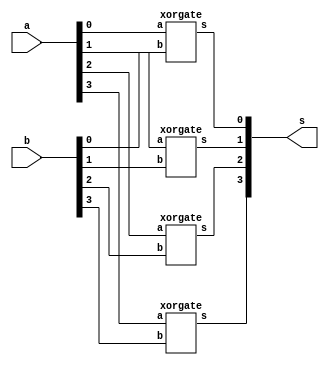
// -------------------------
// Exemplo0024  FULL SUBTRACT
// Nome: Andr Henriques Fernandes
// ------------------------- 
 
// ------------------------- 
//  full adder 
// ------------------------- 

module compDiferenca (output [3:0] s,
                               input [3:0] a,
                               input [3:0] b);

   xorgate XOR1(s[0],a[0],b[0]);
   xorgate XOR2(s[1],a[1],b[1]);
   xorgate XOR3(s[2],a[2],b[2]);
   xorgate XOR4(s[3],a[3],b[3]);

endmodule

module xnorgate (output s,
                               input a,  
                               input b);
  assign s = ~(a ^ b);
endmodule

module andgate (output s,
                               input a,  
                               input b);
  assign s = a & b;
endmodule

module notgate (output s,
                               input a);
  assign s = ~a;
endmodule

module xorgate (output s,
                               input a,  
                               input b);
  assign s = a ^ b;
endmodule
module orgate (output s,
                               input a,  
                               input b);
  assign s = a | b;
endmodule

module test_dif;
// ------------------------- definir dados 
      reg [3:0] x; 
      reg [3:0] y;
      wire [3:0] eq;

      compDiferenca COMP1(eq,x,y);

 
// ------------------------- parte principal 
 initial begin 
      $display("Exemplo0024 - Andr Henriques Fernandes - 427386");
      $display("Test ALUs full adder"); 

      #1 x=4'b0000; y=4'b0000;    // EXPERIMENTAR INSERIR ISSO


      $monitor("%4b %4b = %4b",x,y,eq);
      
      #1 x=4'b0110; y=4'b0100;

      #1 x=4'b0111; y=4'b0111;

      #1 x=4'b0101; y=4'b0111;

      #1 x=4'b0011; y=4'b0100;

      #1 x=4'b0100; y=4'b0010;
      
      // O bit do sinal est saindo com indefinido, nao entendi isso.  // ???
 
 end 
 
endmodule // test_fullAdder